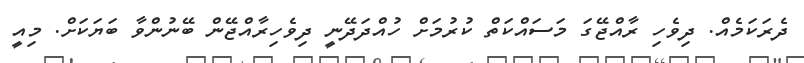
ދެރަކަމެއް. ދިވެހި ރާއްޖޭގަ މަސައްކަތް ކުރުމަށް ހުއްދަދޭނީ ދިވެހިރާއްޖޭން ބޭނުންވާ ބަޔަކަށް. މިއީ